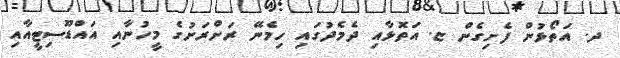
ދ. އަތޯޅުން ފެށިގެން ޏ. އަތޮޅާއި ދެމެދުގައި ހިމެނޭ ރަށްރަށުގެ މީހުނާއި އައްޑޫސިޓީއާއި